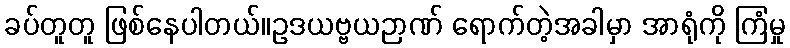
ခပ်တူတူ ဖြစ်နေပါတယ်။ဥဒယဗ္ဗယဉာဏ် ရောက်တဲ့အခါမှာ အာရုံကို ကြံမှု